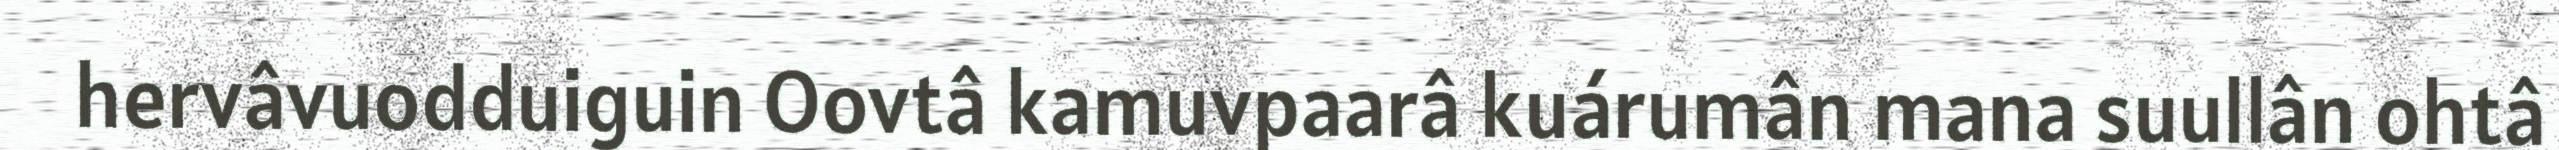
hervâvuodduiguin Oovtâ kamuvpaarâ kuárumân mana suullân ohtâ